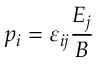
p _ { i } = \varepsilon _ { i j } \frac { E _ { j } } { B }